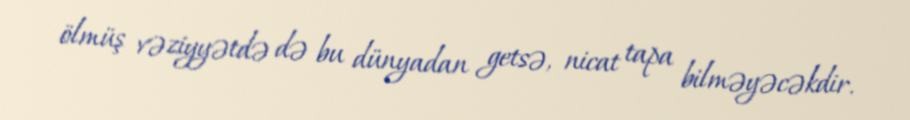
ölmüş vəziyyətdə də bu dünyadan getsə, nicat tapa bilməyəcəkdir.